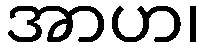
အာဟ၊